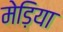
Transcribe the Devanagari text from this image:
मेड़िया